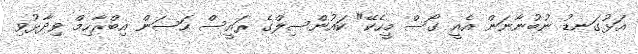
އަޅުގަނޑު ނުބުނާނަން އެއީ ގޯސް މީހެކޭ" ކައުންސިލްގެ ރައީސް ހަސަން އިބްރާހިމް ވިދާޅުވި